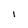
Character: l